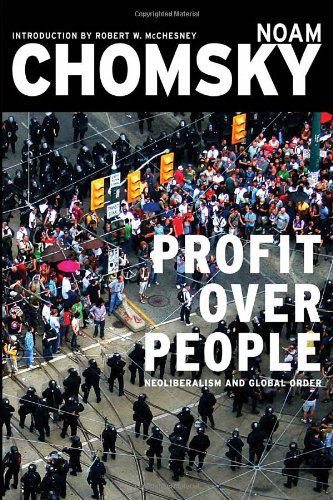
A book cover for Profit Over People: Neoliberalism & Global Order; Noam Chomsky; Business & Money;